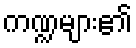
ကဏ္ဍများ၏